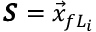
\pmb { S } = \vec { x } _ { f L _ { i } }